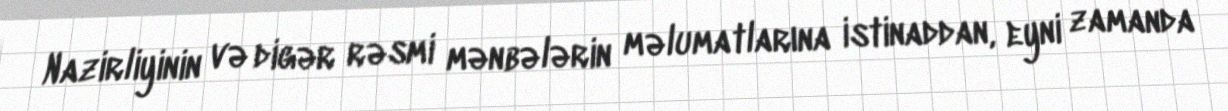
Nazirliyinin və digər rəsmi mənbələrin məlumatlarına istinaddan, eyni zamanda